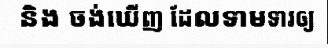
និង ចង់ឃើញ ដែលទាមទារឲ្យ